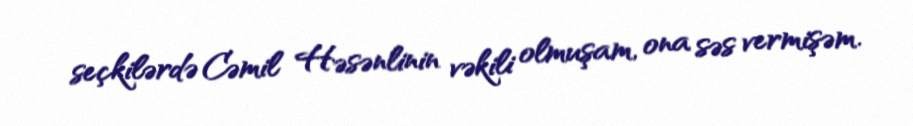
seçkilərdə Cəmil Həsənlinin vəkili olmuşam, ona səs vermişəm.